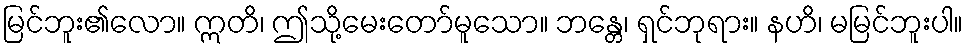
မြင်ဘူး၏လော။ ဣတိ၊ ဤသို့မေးတော်မူသော။ ဘန္တေ၊ ရှင်ဘုရား။ နဟိ၊ မမြင်ဘူးပါ။